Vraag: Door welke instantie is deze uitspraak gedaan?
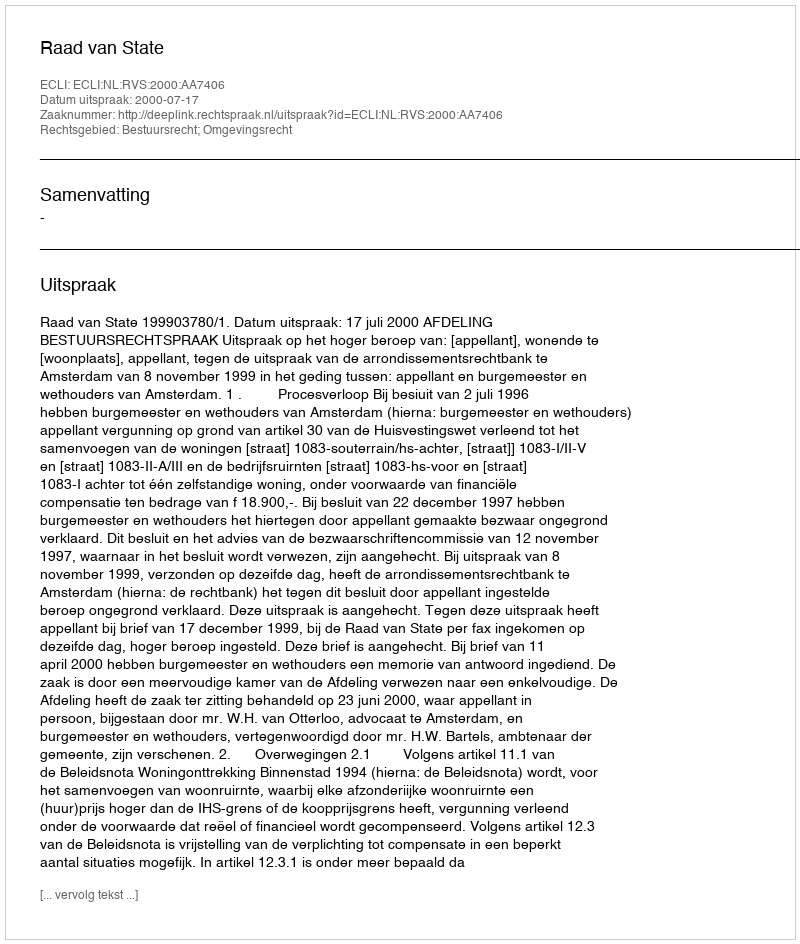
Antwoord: Raad van State